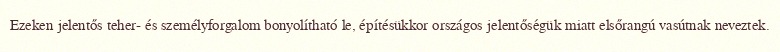
Ezeken jelentős teher- és személyforgalom bonyolítható le, építésükkor országos jelentőségük miatt elsőrangú vasútnak neveztek.